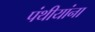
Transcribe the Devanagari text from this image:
पंथीयांना